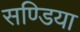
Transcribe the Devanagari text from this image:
सण्डिया